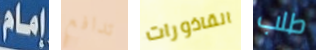
إمام تدافع القاذورات طلب